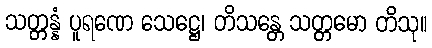
သတ္တန္နံ ပူရဏေ သေဋ္ဌေ၊ တိသန္တေ သတ္တမော တိသု။